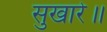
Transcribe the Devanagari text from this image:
सुखारे॥